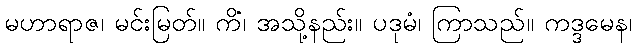
မဟာရာဇ၊ မင်းမြတ်။ ကိံ၊ အသို့နည်း။ ပဒုမံ၊ ကြာသည်။ ကဒ္ဒမေန၊